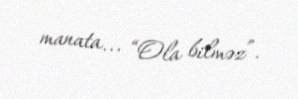
manata... “Ola bilməz”.